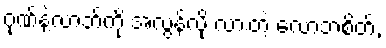
ဂုဏ်နဲ့လာဘ်ကို အလွန်လို လားတဲ့ လောဘစိတ်,